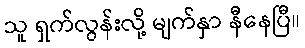
သူ ရှက်လွန်းလို့ မျက်နှာ နီနေပြီ။